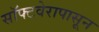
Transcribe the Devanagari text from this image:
सॉफ्टवेरापासून